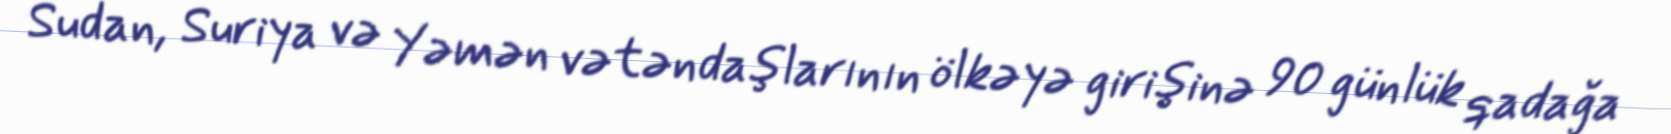
Sudan, Suriya və Yəmən vətəndaşlarının ölkəyə girişinə 90 günlük qadağa